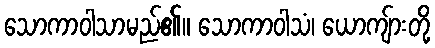
သောကာဝါသာမည်၏။ သောကာဝါသံ၊ ယောကျ်ားတို့